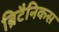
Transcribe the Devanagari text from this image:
ब्रिटैनिकस